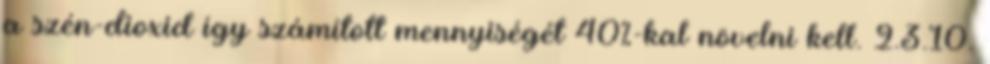
a szén-dioxid így számított mennyiségét 40%-kal növelni kell. 2.3.10.